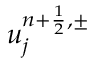
u _ { j } ^ { n + \frac { 1 } { 2 } , \pm }